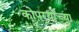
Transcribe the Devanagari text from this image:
कोपर्‍यांच्या